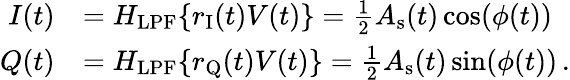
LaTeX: \begin{array}{rl}{I(t)}&{=H_{\mathrm{LPF}}\{ r_{\mathrm{I}}(t)V(t)\} =\frac{1}{2}A_{\mathrm{s}}(t)\cos(\phi(t))}\\ {Q(t)}&{=H_{\mathrm{LPF}}\{ r_{\mathrm{Q}}(t)V(t)\} =\frac{1}{2}A_{\mathrm{s}}(t)\sin(\phi(t))\, .}\end{array}